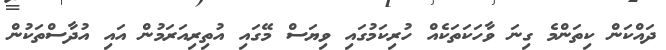
ދައްކަން ކިތަންމެ ގިނަ ވާހަކަތަކެއް ހުރިކަމުގައި ވިޔަސް މޭގައި އުތިރިއަރަމުން އައި އުދާސްތަކުން